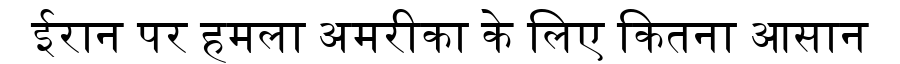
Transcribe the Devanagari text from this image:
ईरान पर हमला अमरीका के लिए कितना आसान